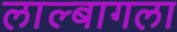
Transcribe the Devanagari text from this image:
लाल्बागला